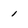
Character: 1